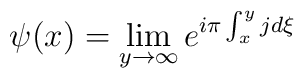
\psi (x)=\lim_{y\rightarrow \infty }e^{i\pi \int_{x}^{y}jd\xi }